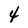
Character: 4